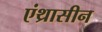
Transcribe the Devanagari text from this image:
एंथ्रासीन